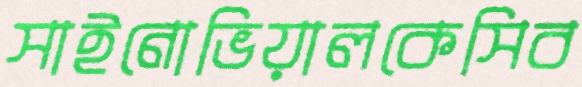
সাইনোভিয়ালকেসিব